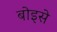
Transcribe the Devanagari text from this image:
बोइसे